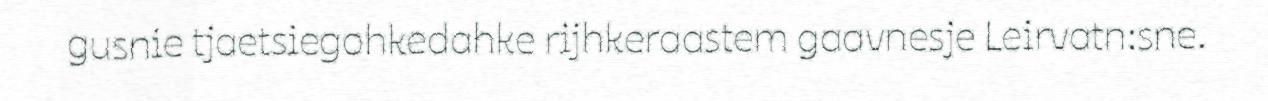
gusnie tjaetsiegohkedahke rijhkeraastem gaavnesje Leirvatn:sne.